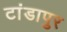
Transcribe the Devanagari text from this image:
टांडापुर